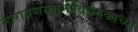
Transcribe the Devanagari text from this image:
नारायणस्वामींविधेयकाच्या